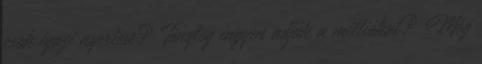
csok igazi nyertese? Tényleg ingyen adják a milliókat? Még